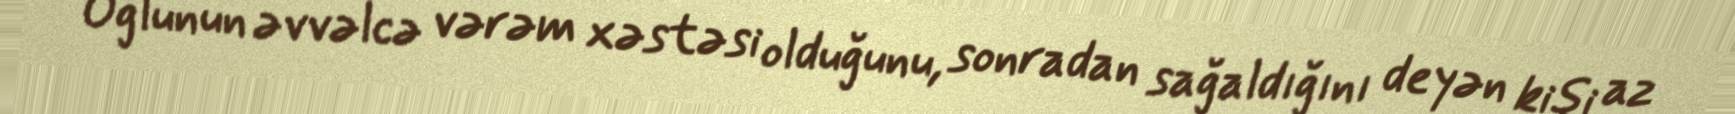
Oğlunun əvvəlcə vərəm xəstəsi olduğunu, sonradan sağaldığını deyən kişi az